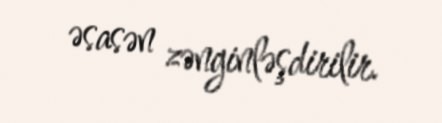
əsasən zənginləşdirilir.